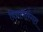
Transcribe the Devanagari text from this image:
विद्यापारंगत